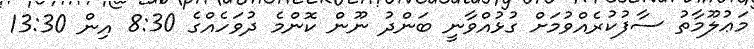
މަޢުލޫމާތު ސާފުކުރެއްވުމަށް ގުޅުއްވާނީ ބަންދު ނޫން ކޮންމެ ދުވަހެއްގެ 8:30 އިން 13:30